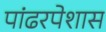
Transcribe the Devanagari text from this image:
पांढरपेशास